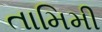
તામિમી